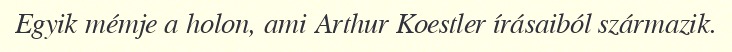
Egyik mémje a holon, ami Arthur Koestler írásaiból származik.